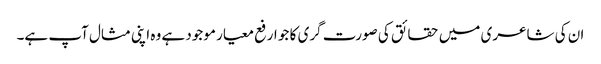
ان کی شاعری میں حقائق کی صورت گری کا جو ارفع معیار موجود ہے وہ اپنی مثال آپ ہے۔